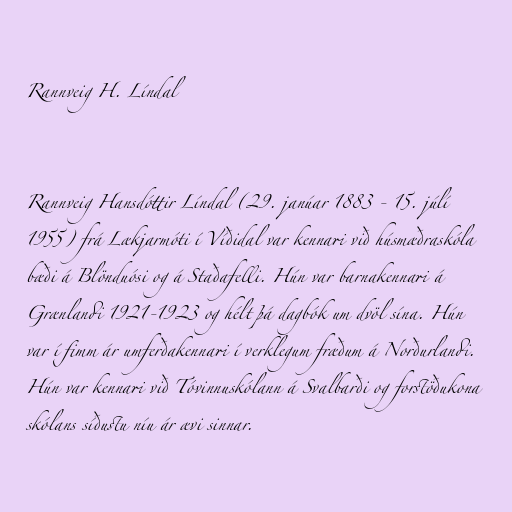
Rannveig H. Líndal

Rannveig Hansdóttir Líndal (29. janúar 1883 - 15. júlí
1955) frá Lækjarmóti í Víðidal var kennari við húsmæðraskóla
bæði á Blönduósi og á Staðafelli. Hún var barnakennari á
Grænlandi 1921-1923 og hélt þá dagbók um dvöl sína. Hún
var í fimm ár umferðakennari í verklegum fræðum á Norðurlandi.
Hún var kennari við Tóvinnuskólann á Svalbarði og forstöðukona
skólans síðustu níu ár ævi sinnar.